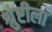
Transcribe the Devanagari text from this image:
श्रुष्टीला